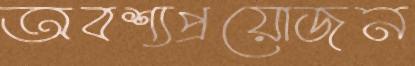
অবশ্যপ্রয়োজন